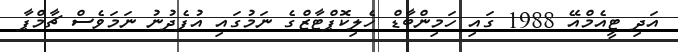
އަދި ޓީއެމްއޭ 1988 ގައި ހަމިންބާޑް ހެލިކޮޕްޓާޒްގެ ނަމުގައި އުފެދުނު ނަމަވެސް ޗާމްޕާ